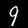
Digit: 9